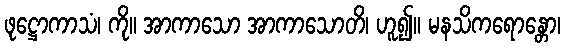
ဖုဋ္ဌောကာသံ၊ ကို။ အာကာသော အာကာသောတိ၊ ဟူ၍။ မနသိကရောန္တော၊